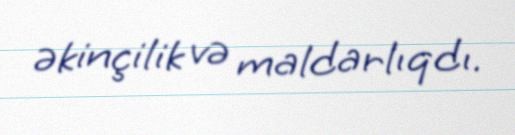
əkinçilik və maldarlıqdı.